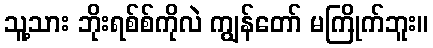
သူ့သား ဘိုးရစ်စ်ကိုလဲ ကျွန်တော် မကြိုက်ဘူး။